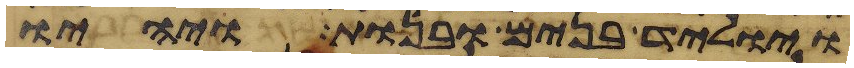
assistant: ויוליד בנים ובנות ויהיו